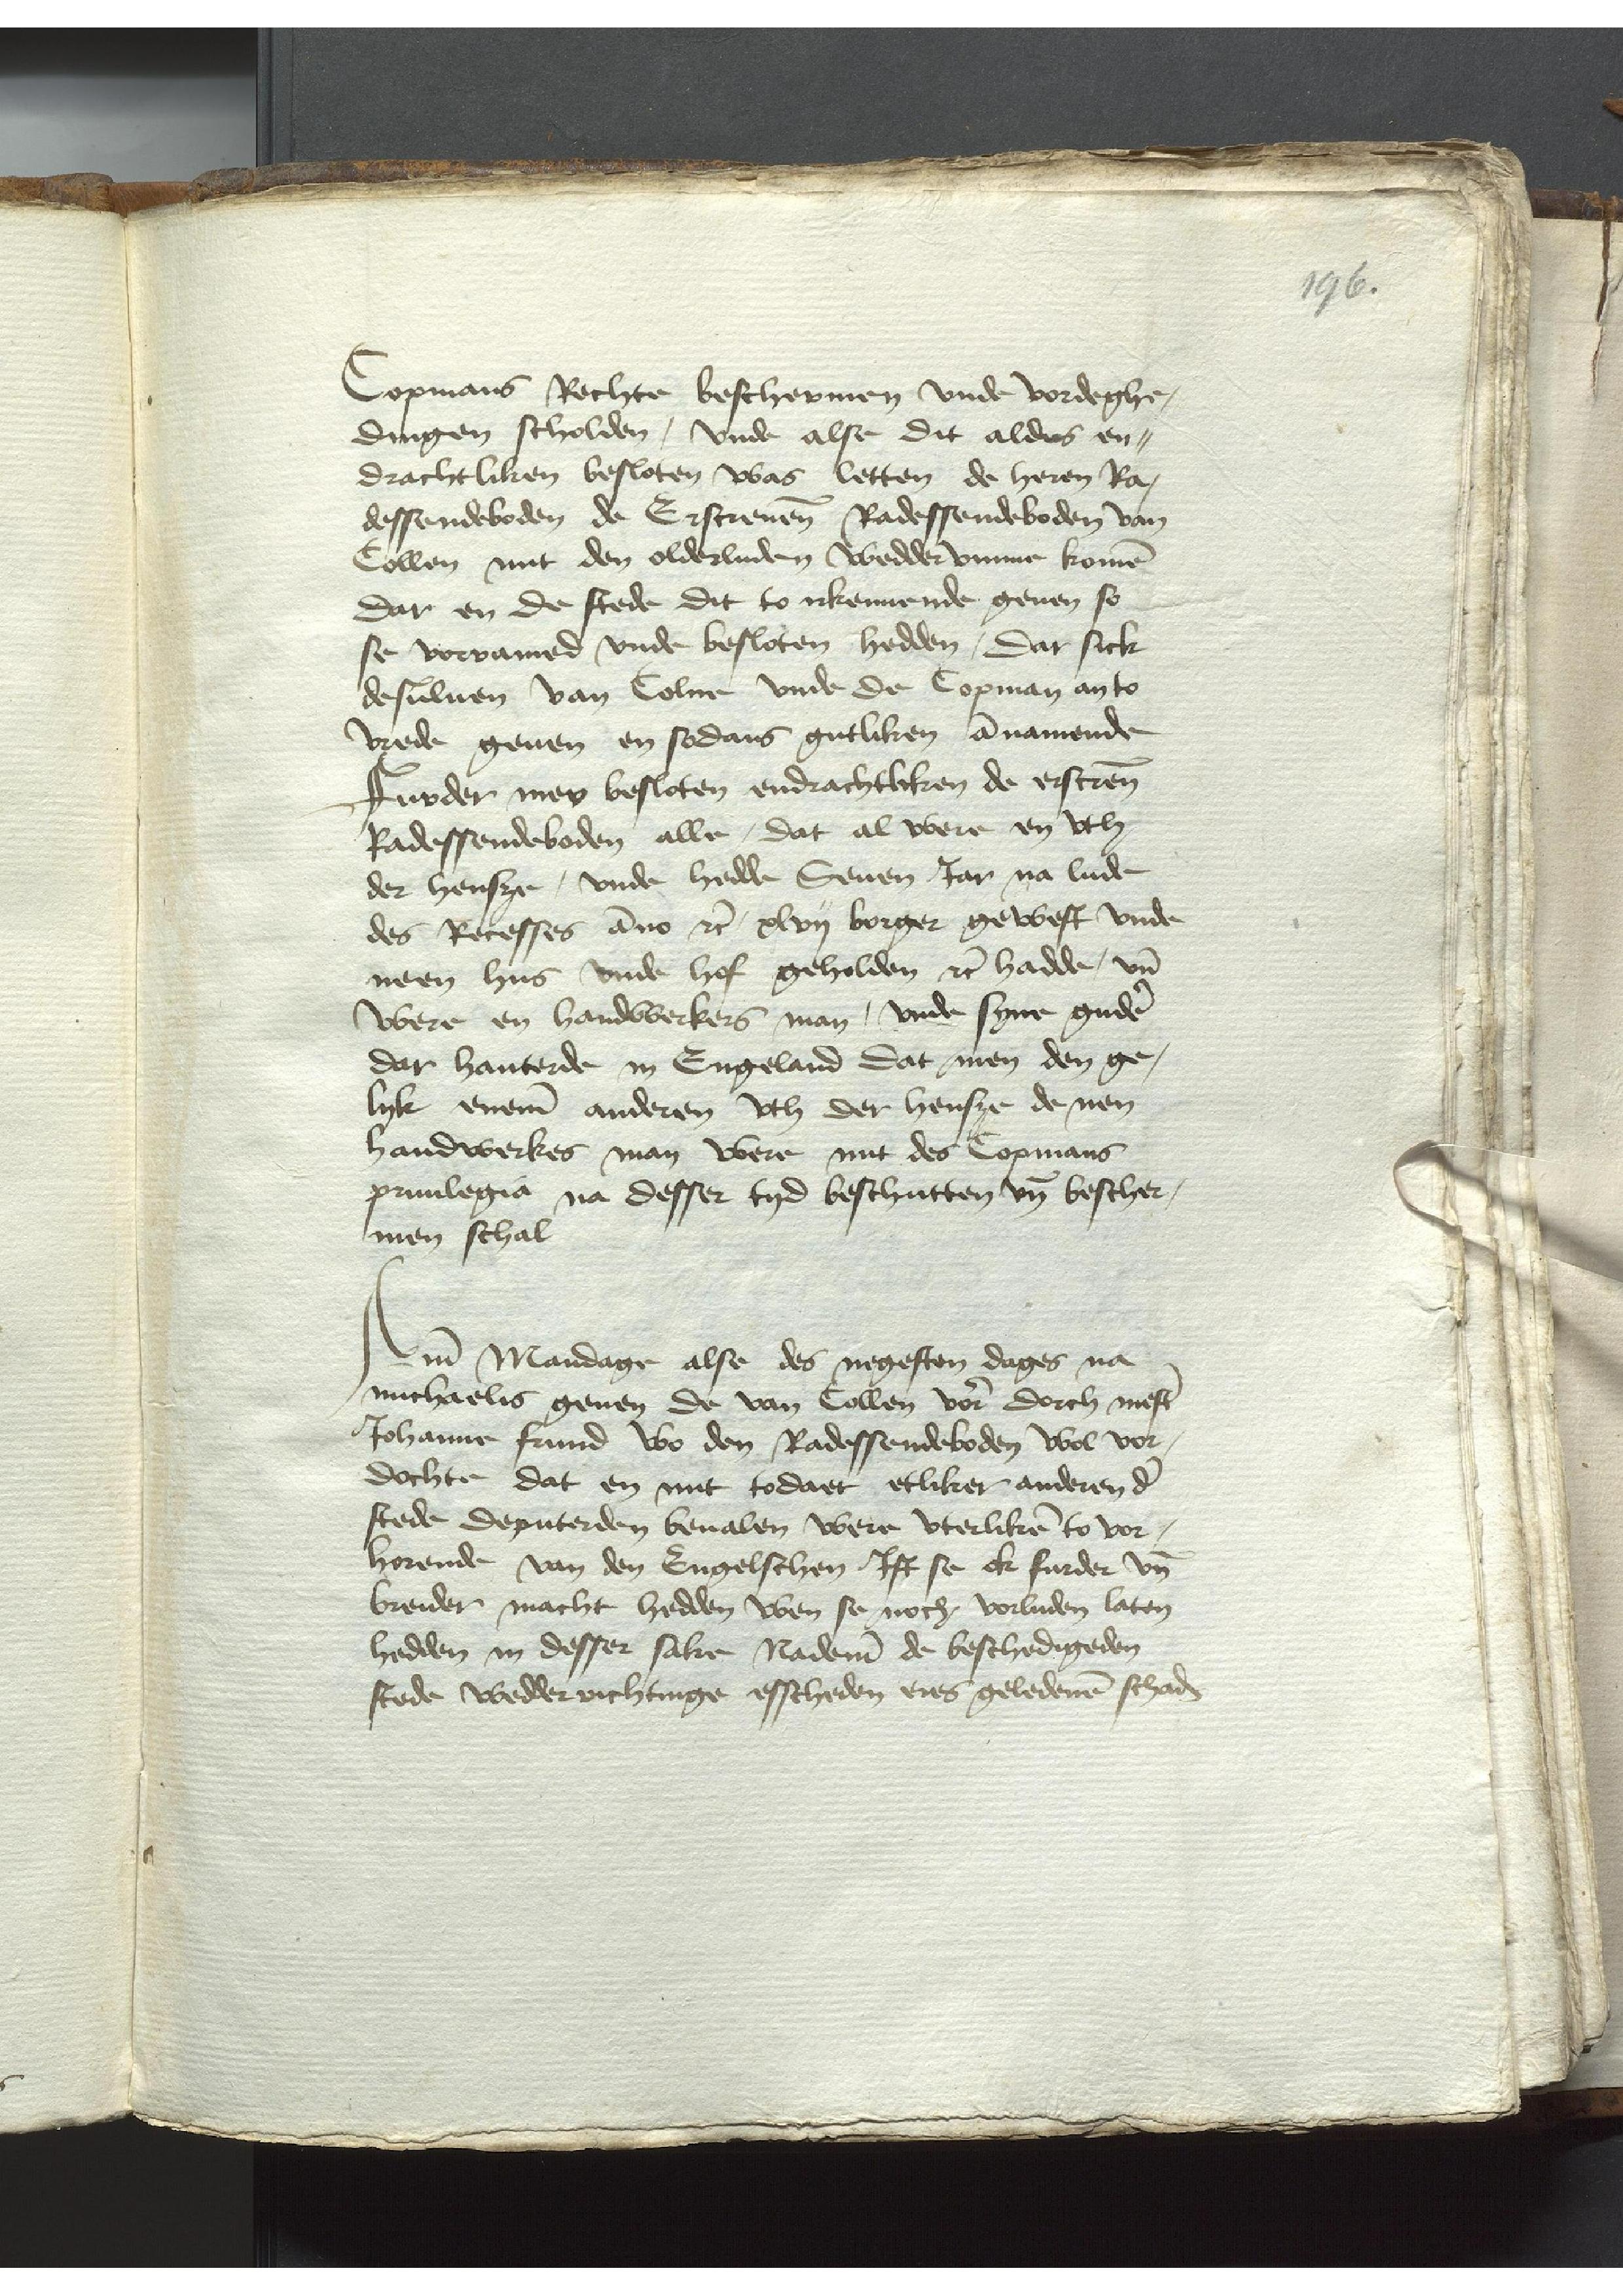
Copmans Rechte beschermen vnde vordeghe¬
dingen scholden, vnde alse dit aldus en¬
drachtliken besloten was letten de heren Ra¬
dessendeboden de Erscreuenen Radessendeboden van
Collen mit den olderluden weddervmme komen
dar en de stede dit to irkennende geuen so
se vorramed vnde besloten hedden, Dat sick
desuluen van Colne vnde de Copman anto
vrede geuen en sodans gutliken annamende
Furder mer besloten endrachtliken de erscreuen
Radessendeboden alle, dat al were en vth
der hensze, vnde hedde Seuen Jar na lude
des Recesses anno etc, xlvij borger gewest vnde
neen hus vnde hof geholden etc hadde, vnd
were en handwerkers man, vnde syne gudere
dar hanterde in Engeland Dat men den ge¬
lyk eneme anderen vth der hensze de nen
handwerkes man were mit des Copmans
priuilegia na desser tyd beschutten vnde bescher¬
men schal

Ame Mandage alse des negesten dages na
michaelis geuen de van Collen vorscreuen dorch mester
Johanne Frund wo den Radessendeboden wol vor¬
dochte dat en mit todaet etliker anderen der
stede deputerden beualen were vterlike to vor¬
horende van den Engelschen Jft se ok furder vnde
breider macht hedden wen se noch vorluden laten
hedden in desser sake Nademe de beschedigeden
stede wedder richtinge esscheden eres geledenen schaden